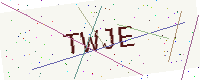
Text: TWJE